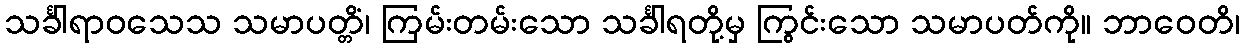
သင်္ခါရာဝသေသ သမာပတ္တိံ၊ ကြမ်းတမ်းသော သင်္ခါရတို့မှ ကြွင်းသော သမာပတ်ကို။ ဘာဝေတိ၊